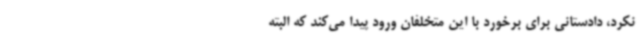
نکرد، دادستانی برای برخورد با این متخلفان ورود پیدا می‌کند که البته